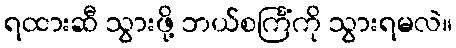
ရထားဆီ သွားဖို့ ဘယ်စင်္ကြံကို သွားရမလဲ။